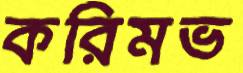
করিমভ